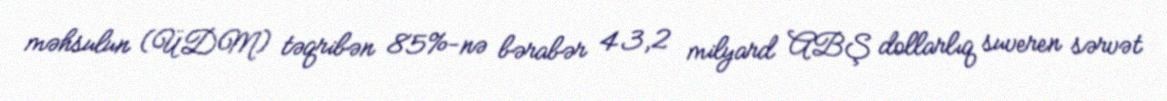
məhsulun (ÜDM) təqribən 85%-nə bərabər 43,2 milyard ABŞ dollarlıq suveren sərvət